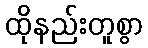
ထိုနည်းတူစွာ